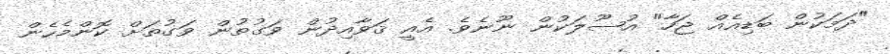
"ދަމަކުން ބަޑިއެއް ޖަހާ" އުޞޫލަކުން ނޫނެވެ. އެއީ ޤަވާއިދުން ވަގުތުން ވަގުތަށް ކޮންމެހެން